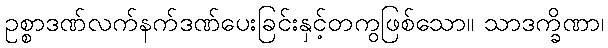
ဥစ္စာဒဏ်လက်နက်ဒဏ်ပေးခြင်းနှင့်တကွဖြစ်သော။ သာဒက္ခိဏာ၊